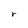
Character: r